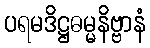
ပရမဒိဋ္ဌဓမ္မနိဗ္ဗာနံ